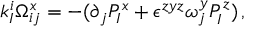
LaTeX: k _ { I } ^ { i } \Omega _ { i j } ^ { x } = - ( \partial _ { j } P _ { I } ^ { x } + \epsilon ^ { z y z } \omega _ { j } ^ { y } P _ { I } ^ { z } ) \, ,